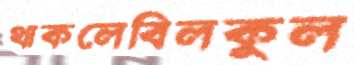
থাকলেবিলকুল